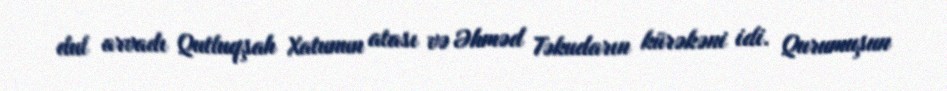
dul arvadı Qutluqşah Xatunun atası və Əhməd Təkudarın kürəkəni idi. Qurumuşun